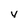
Character: v